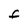
Character: f